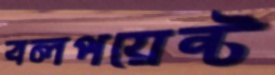
বলপয়েন্ট